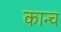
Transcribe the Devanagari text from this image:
कान्च